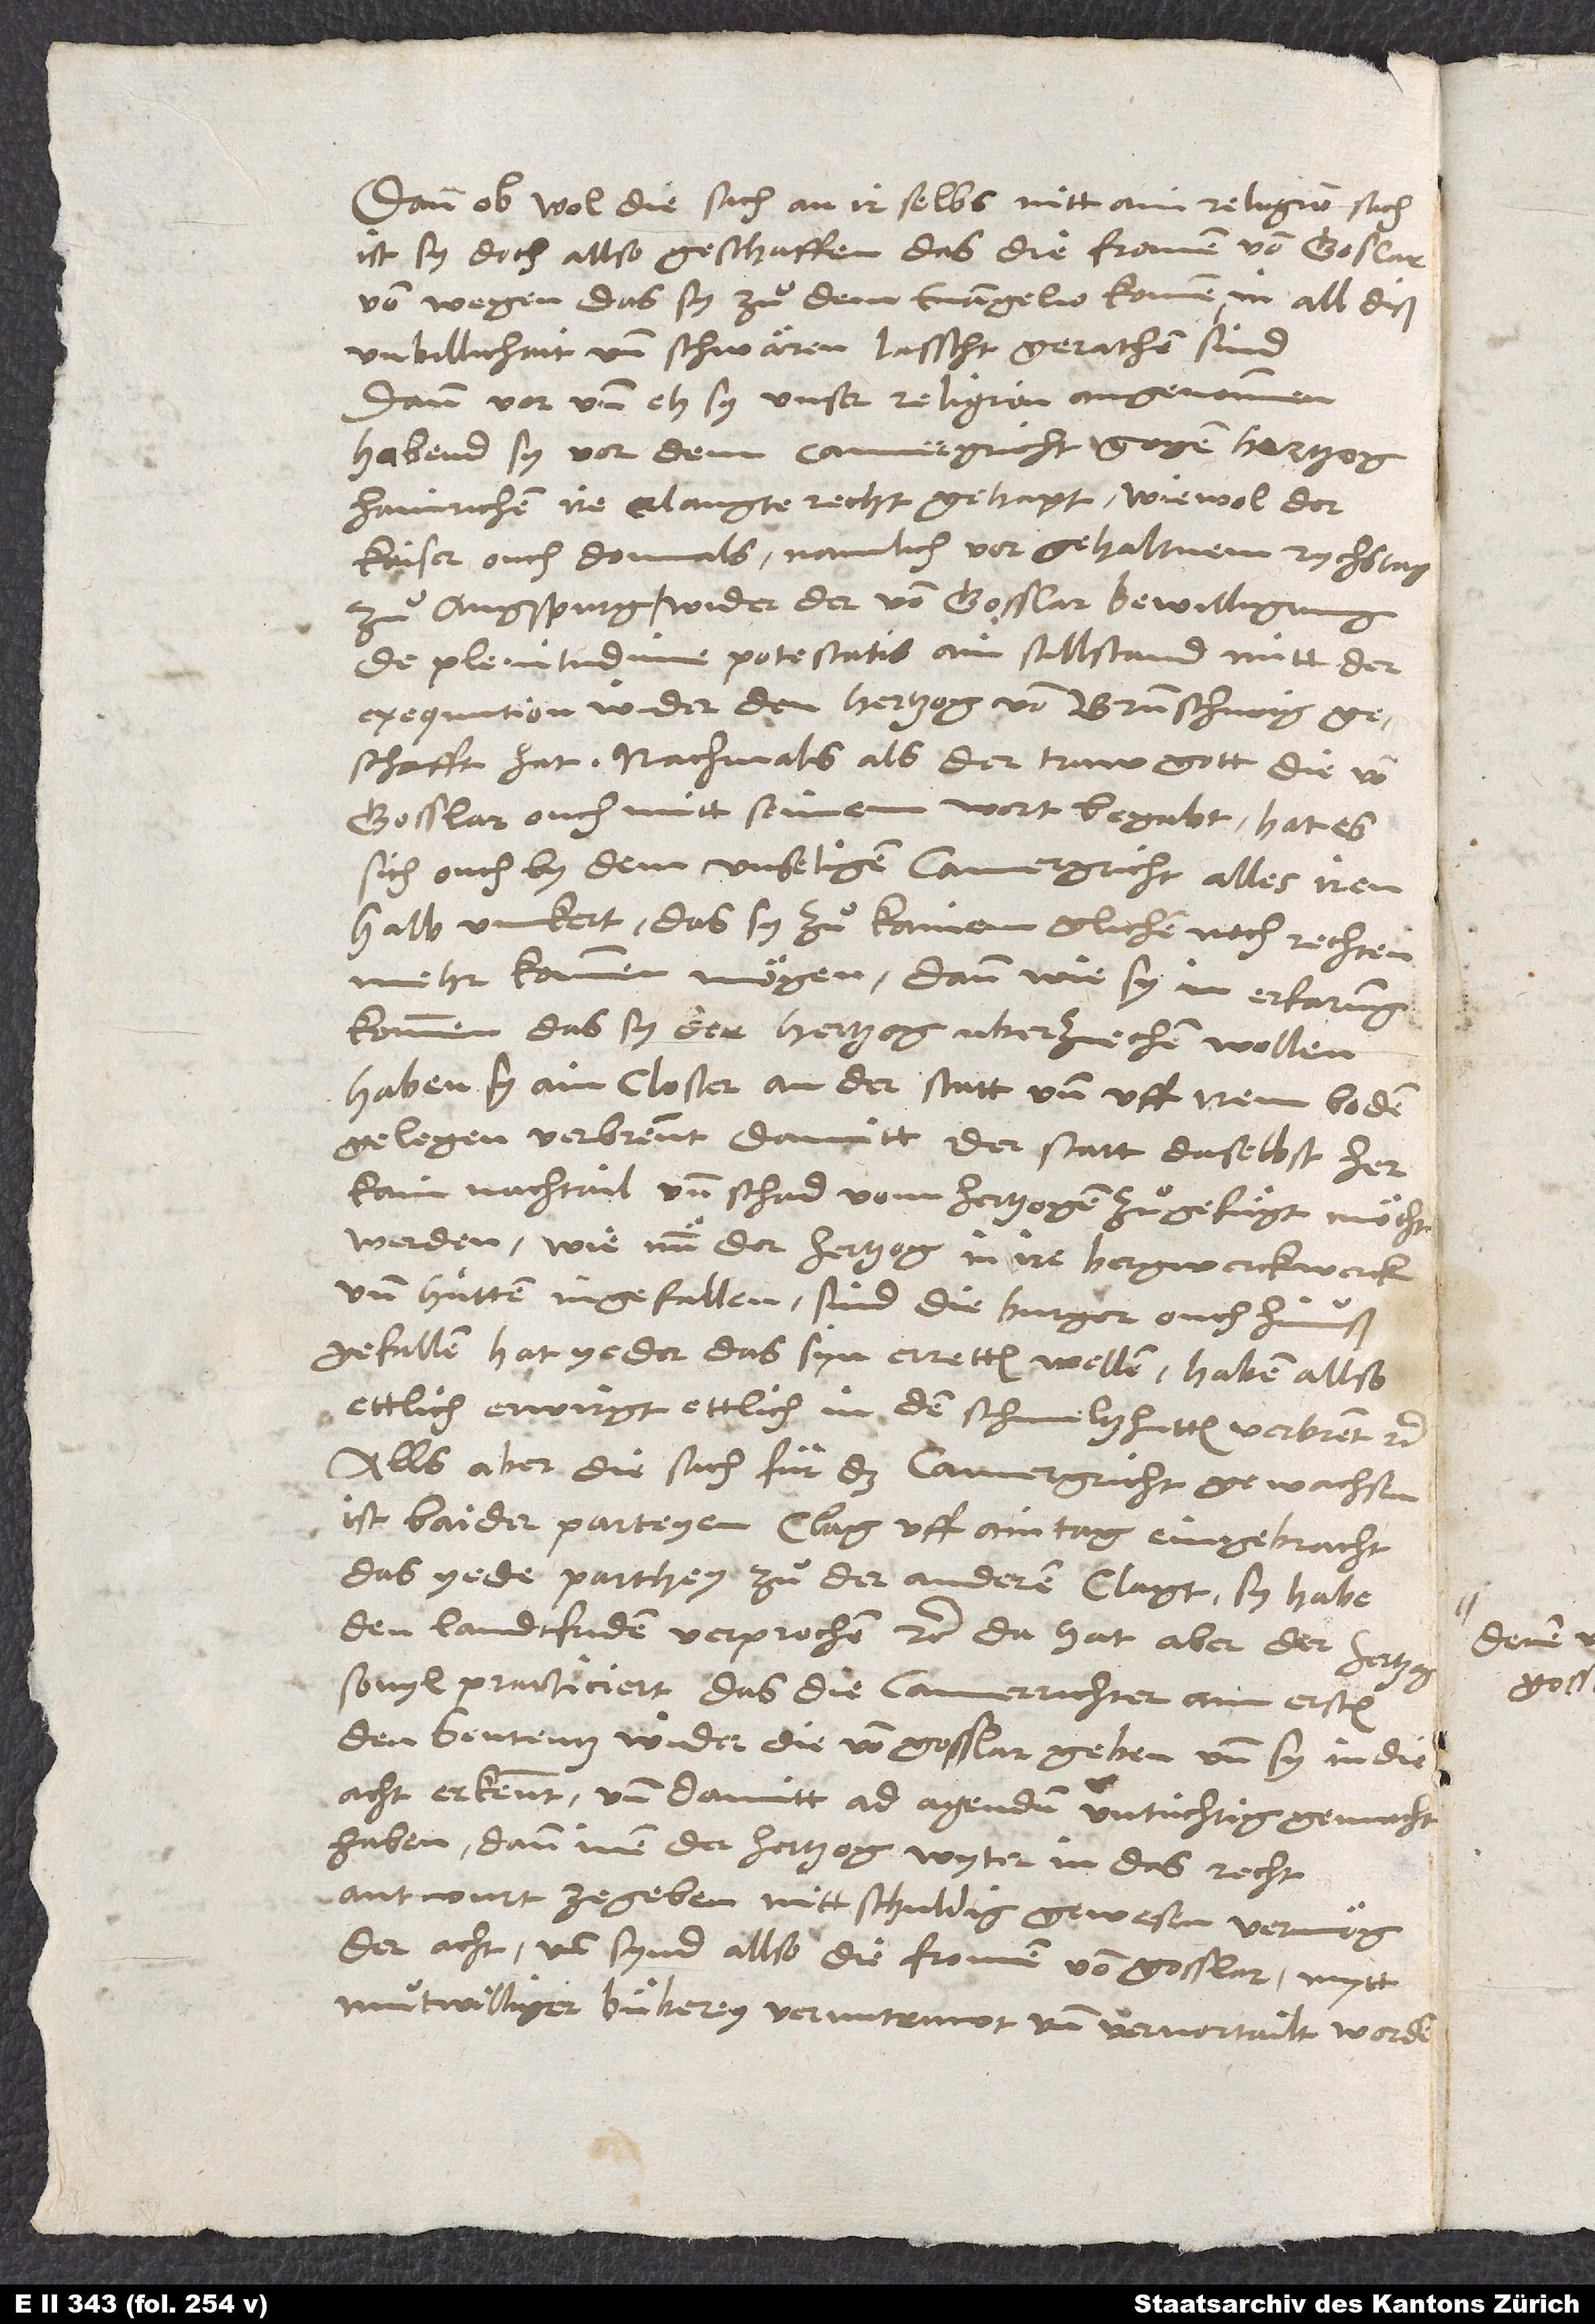
Dann obwol die sach an ir selbs nitt ain religionsach,
ist sy doch allso geschaffen, das die fromen von Goslar,
von wegen das sy zuͦ dem evangelio komen, in all diß
unbillichait und schwären lasscht gerathen sind.
Dann vor und eh sy unser religion angenommen,
habend sy vor dem camergricht gegen hertzog
Hainrichen ire erlangte recht gehapt, wiewol der
kaiser ouch domals, namlich vor gehaltnem rychstag
zuͦ Augspurg, wider der von Gosslar bewilligung
de plenitudine potestatis ain stillstand mitt der
exequution wider den hertzog von Brunschwig
geschafft hat. Nachmals, als der truw gott die von
Gosslar ouch mitt seinem wort begabt, hat es
sich ouch by dem unseligen camergricht alles irenhalb
umkert, das sy zuͦ kainem glichen noch rechten
mehr kommen mögen; dann wie sy in erfarung
kommen, das sy der hertzog uberziechen wollen,
haben sy ain closter, an der statt und uff irem boden
gelegen, verbrennt, damitt der statt daselbst her
kain nachtail und schad vonn hertzogen zuͦgefügt möcht
werden. Wie nun der hertzog in ire bergwerck
und hütten ingefallen, sind die burger ouch hinuß
gefallen; hat yeder das syn erretten wellen; haben allso
ettlich erwirgt, ettlich in den schmeltzhutten verbrent etc.
Alls aber die sach für das camergricht gewachsen,
ist baider parteyen clag uff ain tag eingebracht,
das yede parthey zuͦ der anderen clagt, sy habe
den landtfriden verprochen etc. Da hat aber der hertzog
so vyl practiciert, das die camerrichter am ersten
den sententz wider die von Gosslar geben und sy in die
acht erkennt und damitt ad agendum untüchtig gemacht
haben; dann inen der hertzog wyter in das recht
antwurt ze geben nitt schuldig gewesen vermög
der acht, und sind allso die fromen von Gosslar mytt
muͦtwilliger büberey veruntruwt und vervortailt worden,